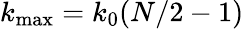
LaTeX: k_{\mathrm{max}}=k_{0}(N/2-1)